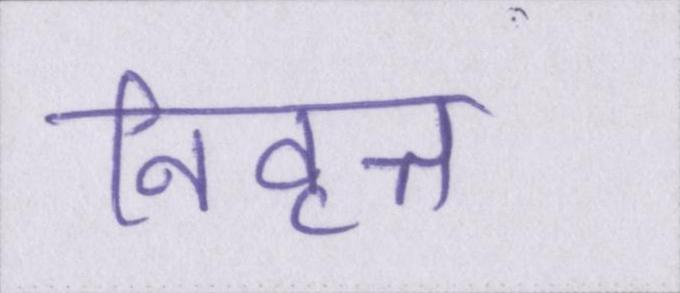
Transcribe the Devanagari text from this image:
निवृत्त